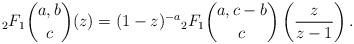
LaTeX: \begin{align*}_{2}F_{1}\binom{a,b}{c}(z)=(1-z)^{-a}{_{2}F_{1}}\binom{a,c-b}{c}\left(\frac{z}{z-1}\right).\end{align*}